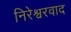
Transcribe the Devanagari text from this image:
निरेश्वरवाद